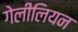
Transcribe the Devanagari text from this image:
गेलीलियन